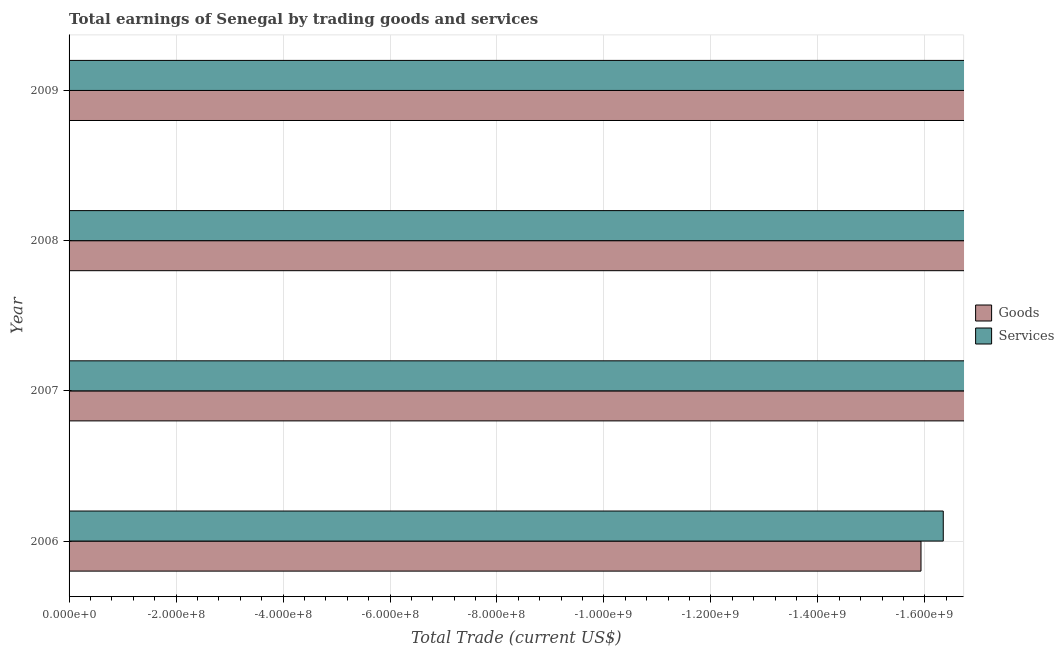
| Year | Goods | Services |
 | --- | --- | --- |
 | 2006 | -1.59e+09 | -1.63e+09 |
 | 2007 | -2.47e+09 | -2.53e+09 |
 | 2008 | -3.39e+09 | -3.52e+09 |
 | 2009 | -2.03e+09 | -2.16e+09 |